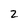
Character: 2